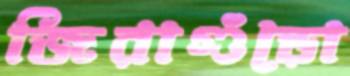
জিরাগুঁড়ো